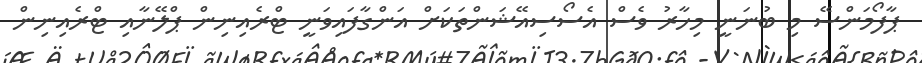
ޕާފޯމަންސޭ މި ބުނަނީ މިހާރު ވެސް އެސޯސިއޭޝަންތަކަށް އަންގާފައިވަނީ ޓްރެއިނިން ޕްލޭނާއި ޓްރެއިނިން